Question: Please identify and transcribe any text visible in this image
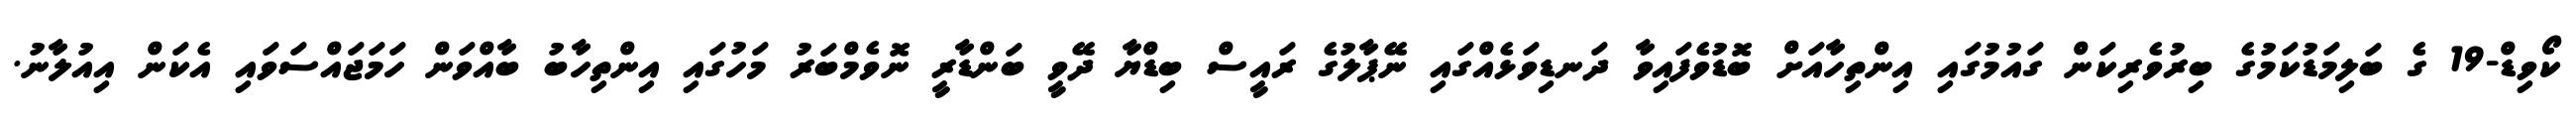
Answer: ކޯވިޑް-19 ގެ ބަލިމަޑުކަމުގެ ބިރުވެރިކަން ގައުމުގައި އިންތިހާއަށް ބޮޑުވެފައިވާ ދަނޑިވަޅެއްގައި ނޭޕާލުގެ ރައީސް ބިޑްޔާ ދޭވީ ބަންޑާރީ ނޮވެމްބަރު މަހުގައި އިންތިހާބު ބާއްވަން ހަމަޖައްސަވައި އެކަން އިއުލާނު.